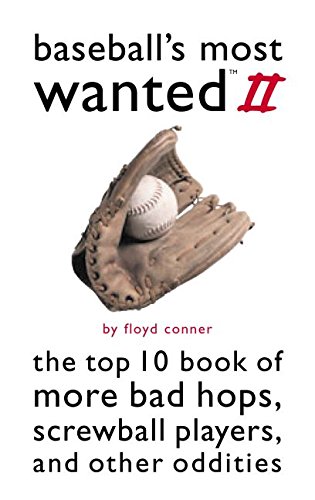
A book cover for Baseball's Most Wanted II: The Top 10 Book of More Bad Hops, Screwball Players, and other Oddities; Floyd D. Conner; Sports & Outdoors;